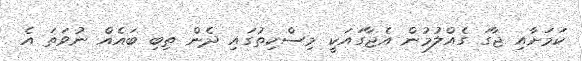
ކަމަށާއި ޖާގަ ގެއްލުމުން އެޖާގައަކީ މިސްކިތުގައި ދެން ތިބި ބައެއް ނުވަތަ އެ